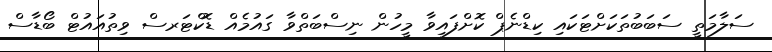
ސަލާމަތީ ސަބަބުތަކަށްޓަކައި ކިޑްނެޕް ކޮށްފައިވާ މީހުން ނިސްބަތްވާ ގައުމެއް ޑޮކްޓަރސް ވިތުއައުޓް ބޯޑާސް